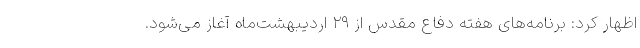
اظهار کرد: برنامه‌های هفته دفاع مقدس از ۲۹ اردیبهشت‌ماه آغاز می‌شود.